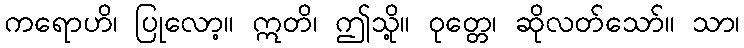
ကရောဟိ၊ ပြုလော့။ ဣတိ၊ ဤသို့။ ဝုတ္တေ၊ ဆိုလတ်သော်။ သာ၊